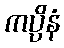
ကပ္ပိနံ